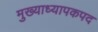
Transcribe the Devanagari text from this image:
मुख्याध्यापकपद